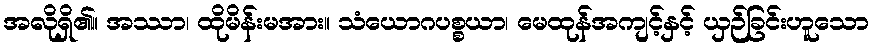
အလိုရှိ၏။ အဿာ၊ ထိုမိန်းမအား။ သံယောဂပစ္စယာ၊ မေထုန်အကျင့်နှင့် ယှဉ်ခြင်းဟူသော